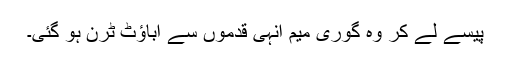
پیسے لے کر وہ گوری میم انہی قدموں سے اباؤٹ ٹرن ہو گئی۔